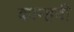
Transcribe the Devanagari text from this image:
कान्हची